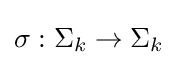
\sigma :\Sigma _{k}\rightarrow \Sigma _{k}